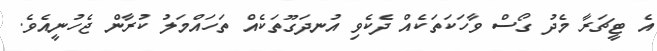
އެ ޓީޗަރާ މެދު ގޯސް ވާހަކަތަކެއް ދެކެވި އުނދަގޫތަކެއް ތަހައްމަލު ކުރާން ޖެހުނީއެވެ.